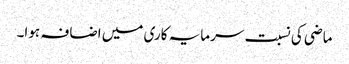
ماضی کی نسبت سرمایہ کاری میں اضافہ ہوا۔